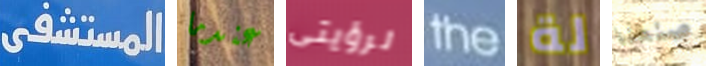
المستشفى عندما لرؤيتى the لة صنعنا